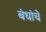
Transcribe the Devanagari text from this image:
बंधांचे